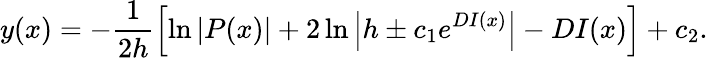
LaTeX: y(x)=-\frac{1}{2h}\left[\ln{\left|P(x)\right|}+2\ln{\left|h\pm c_{1}e^{DI(x)}\right|}-DI(x)\right]+c_{2}.